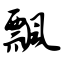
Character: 瓢